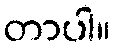
တာပါ။